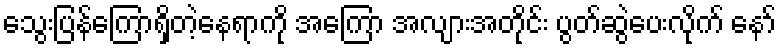
သွေးပြန်ကြောရှိတဲ့နေရာကို အကြော အလျားအတိုင်း ပွတ်ဆွဲပေးလိုက် နော်